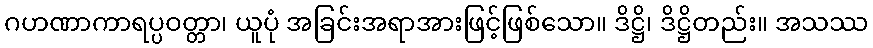
ဂဟဏာကာရပ္ပဝတ္တာ၊ ယူပုံ အခြင်းအရာအားဖြင့်ဖြစ်သော။ ဒိဋ္ဌိ၊ ဒိဋ္ဌိတည်း။ အသဿ